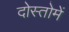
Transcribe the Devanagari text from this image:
दोस्तोमें